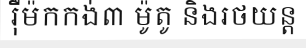
រ៉ឺម៉កកង់៣ ម៉ូតូ និងរថយន្ត